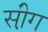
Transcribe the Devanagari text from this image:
सी़ंग